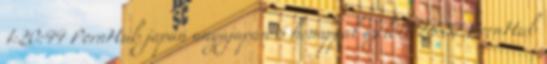
1:20:44 PornHub japán anyajapán 6 hónappal ezelőtt 28:57 PornHub